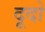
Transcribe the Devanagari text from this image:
दूदो